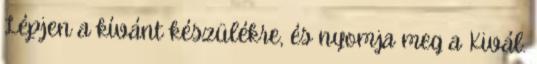
Lépjen a kívánt készülékre, és nyomja meg a Kivál.